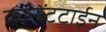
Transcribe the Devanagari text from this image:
कॉन्स्टंटाईन